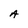
Character: A